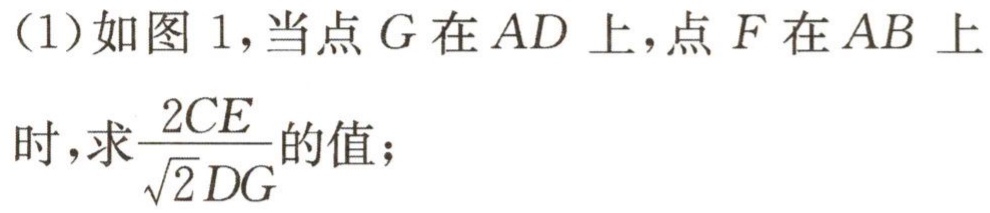
(1)如图1,当点\(G\)在\(AD\)上,点\(F\)在\(AB\)上
时,求\(\frac{2CE}{\sqrt{2}DG}\)的值；